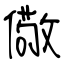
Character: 儆